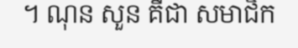
។ ណុន សួន គឺជា សមាជិក